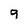
Character: 9